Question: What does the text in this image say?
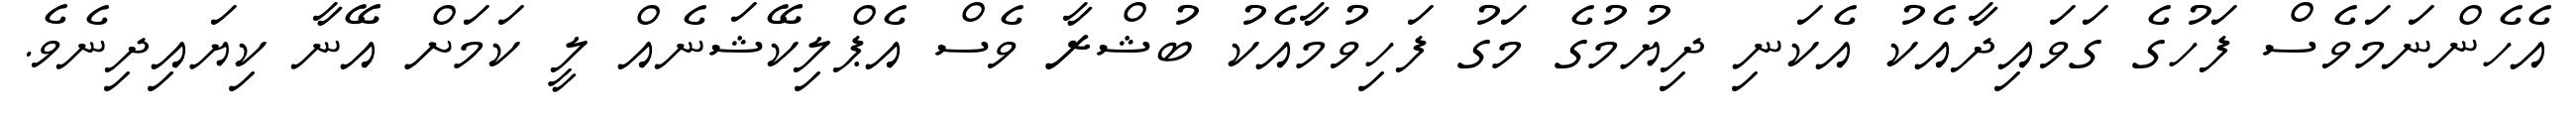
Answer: އެހެންނަމަވެސް ފަހުގެ ގަވައިދާއެކު އެކަނި ދިޔުމުގެ މަގު ފަހިވުމާއެކު ބުޝްރާ ވެސް އެޕްލިކޭޝަނެއް ލީ ކަމަށް އޭނާ ކިޔައިދިނެވެ.